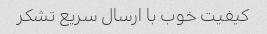
کیفیت خوب با ارسال سریع تشکر